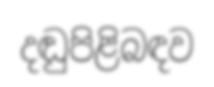
දඬුපිළිබඳව